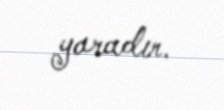
yaradır.